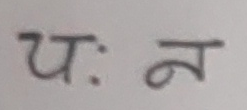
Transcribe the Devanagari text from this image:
यः न